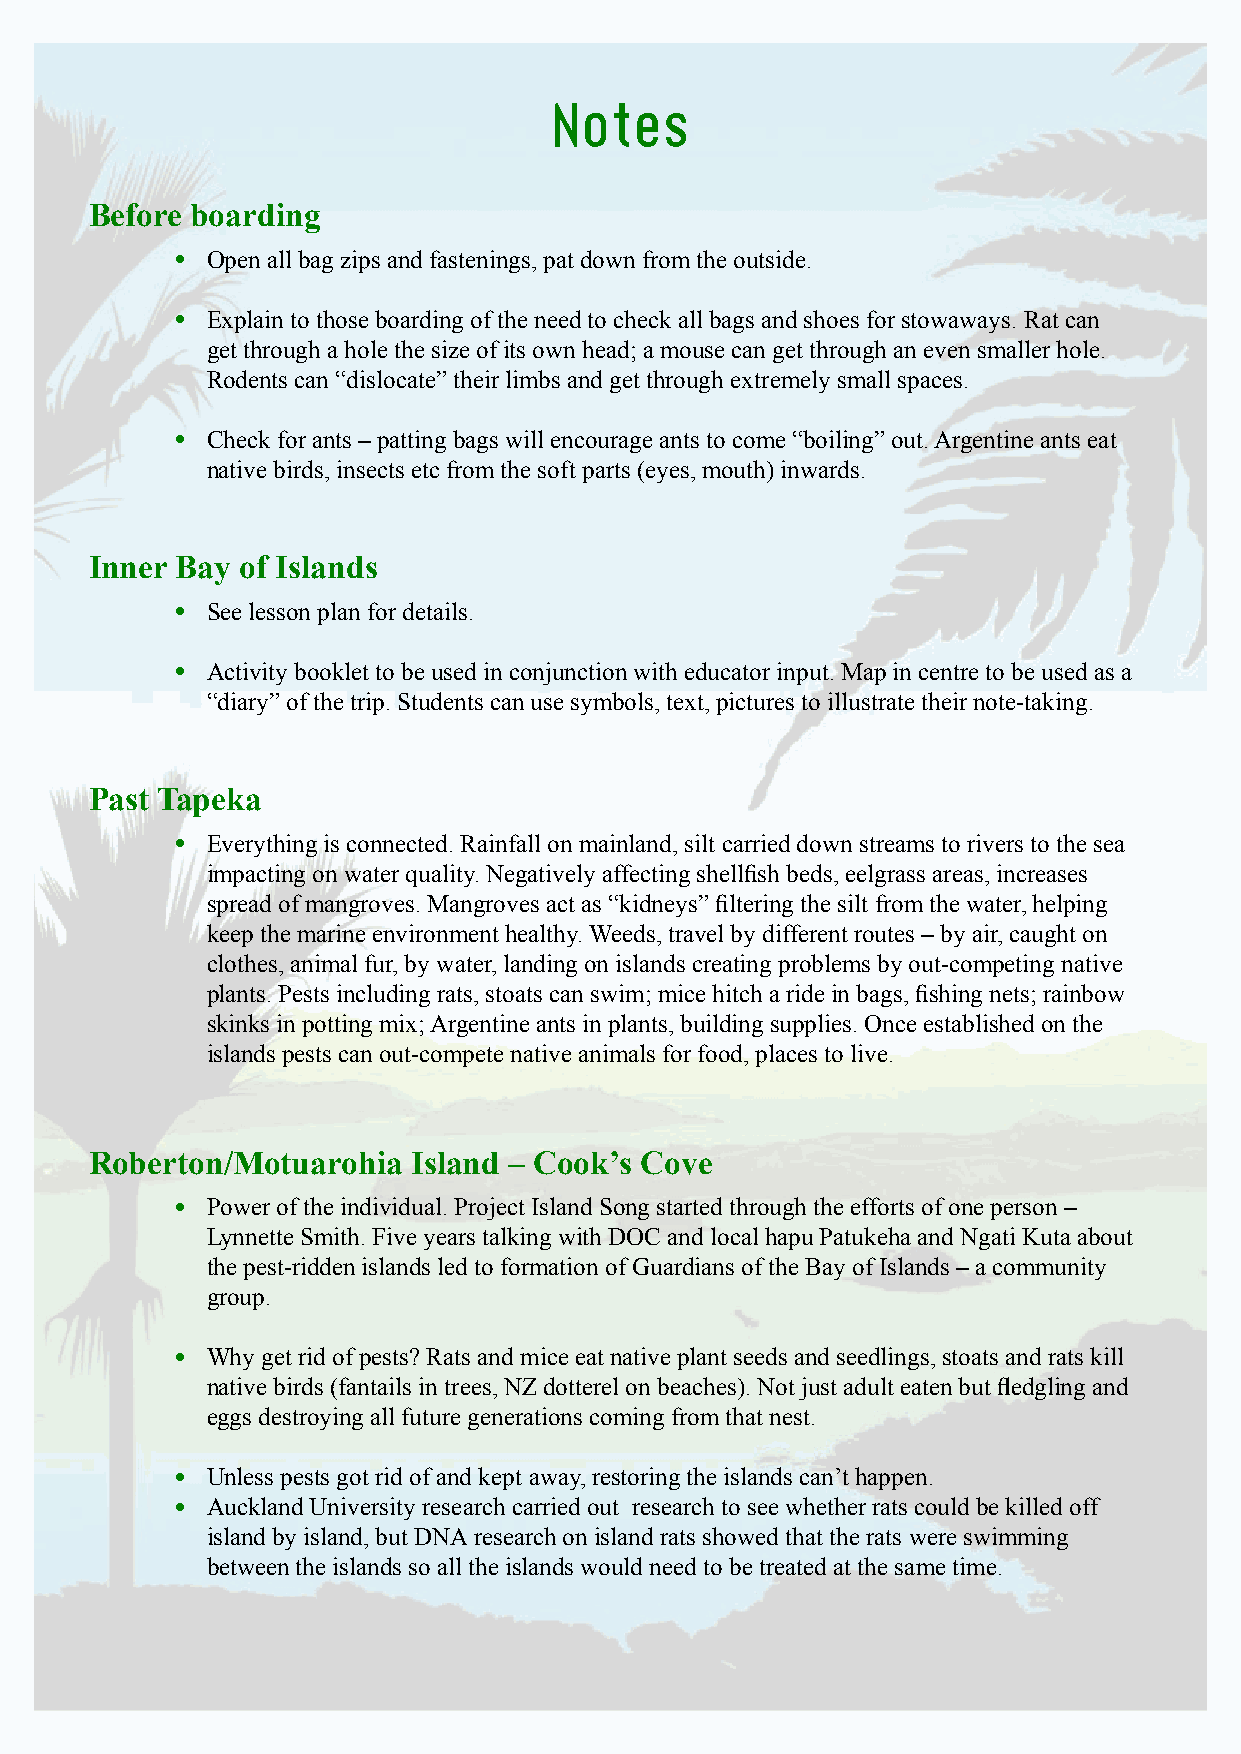
Notes
 Before boarding
 • Open all bag zips and fastenings, pat down from the outside.
 • Explain to those boarding of the need to check all bags and shoes for stowaways. Rat can
 get through a hole the size of its own head; a mouse can get through an even smaller hole.
 Rodents can “dislocate” their limbs and get through extremely small spaces.
 • Check for ants – patting bags will encourage ants to come “boiling” out. Argentine ants eat
 native birds, insects etc from the soft parts (eyes, mouth) inwards.
 Inner Bay of Islands
 • See lesson plan for details.
 • Activity booklet to be used in conjunction with educator input. Map in centre to be used as a
 “diary” of the trip. Students can use symbols, text, pictures to illustrate their note-taking.
 Past Tapeka
 • Everything is connected. Rainfall on mainland, silt carried down streams to rivers to the sea
 impacting on water quality. Negatively affecting shellfish beds, eelgrass areas, increases
 spread of mangroves. Mangroves act as “kidneys” filtering the silt from the water, helping
 keep the marine environment healthy. Weeds, travel by different routes – by air, caught on
 clothes, animal fur, by water, landing on islands creating problems by out-competing native
 plants. Pests including rats, stoats can swim; mice hitch a ride in bags, fishing nets; rainbow
 skinks in potting mix; Argentine ants in plants, building supplies. Once established on the
 islands pests can out-compete native animals for food, places to live.
 Roberton/Motuarohia  Island – Cook’s Cove
 • Power of the individual. Project Island Song started through the efforts of one person –
 Lynnette Smith. Five years talking with DOC and local hapu Patukeha and Ngati Kuta about
 the pest-ridden islands led to formation of Guardians of the Bay of Islands – a community
 group.
 • Why get rid of pests? Rats and mice eat native plant seeds and seedlings, stoats and rats kill
 native birds (fantails in trees, NZ dotterel on beaches). Not just adult eaten but fledgling and
 eggs destroying all future generations coming from that nest.
 • Unless pests got rid of and kept away, restoring the islands can’t happen.
 • Auckland University research carried out research to see whether rats could be killed off
 island by island, but DNA research on island rats showed that the rats were swimming
 between the islands so all the islands would need to be treated at the same time.